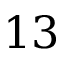
1 3